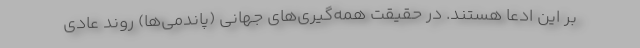
بر این ادعا هستند. در حقیقت همه‌گیری‌های جهانی (پاندمی‌ها) روند عادی